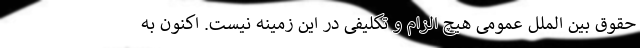
حقوق بین الملل عمومی هیچ الزام و تکلیفی در این زمینه نیست. اکنون به